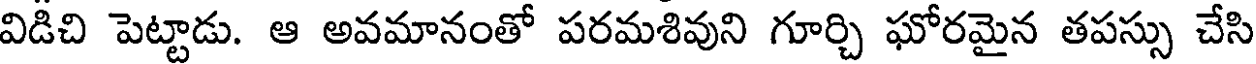
విడిచి పెట్టాడు. ఆ అవమానంతో పరమశివుని గూర్చి ఘోరమైన తపస్సు చేసి